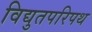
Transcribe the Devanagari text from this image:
विद्युतपरिपथ